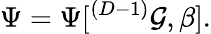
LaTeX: \Psi=\Psi[^{(D-1)}{\cal G},\beta].